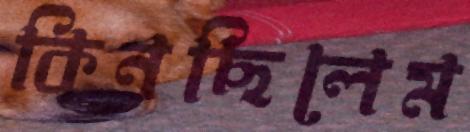
কিনছিলেম